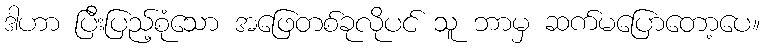
ဒါဟာ ပြီးပြည့်စုံသော အဖြေတစ်ခုလိုပင် သူ ဘာမှ ဆက်မပြောတော့ပေ။